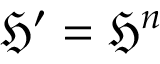
{ \mathfrak { H } } ^ { \prime } = { \mathfrak { H } } ^ { n }